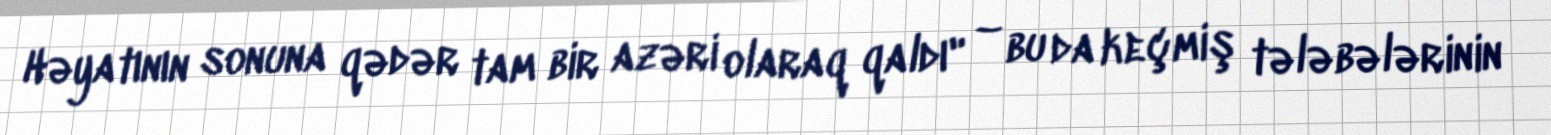
Həyatının sonuna qədər tam bir azəri olaraq qaldı" – bu da keçmiş tələbələrinin